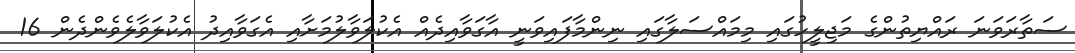
ސަތާރަވަނަ ރައްޔިތުންގެ މަޖިލީހުގައި މިމައްސަލާގައި ނިންމާފައިވަނީ އާގަވާއިދެއް އެކުލަވާލުމަށާއި އެގަވާއިދު އެކުލަވާލެވެންދެން 16